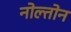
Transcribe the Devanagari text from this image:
नोल्तोन